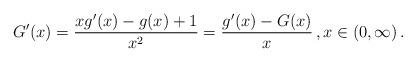
LaTeX: \begin{align*}G'(x) = \frac{x g'(x) - g(x) + 1}{x^2} = \frac{g'(x) - G(x)}{x}\,, x\in (0,\infty)\,. \end{align*}